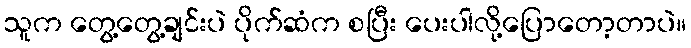
သူက တွေ့တွေ့ချင်းပဲ ပိုက်ဆံက စပြီး ပေးပါလို့ပြောတော့တာပဲ။